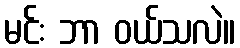
မင်း ဘာ ဝယ်သလဲ။